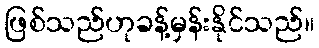
ဖြစ်သည်ဟုခန့်မှန်းနိုင်သည်။